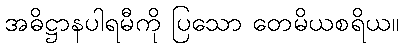
အဓိဋ္ဌာနပါရမီကို ပြသော တေမိယစရိယ။